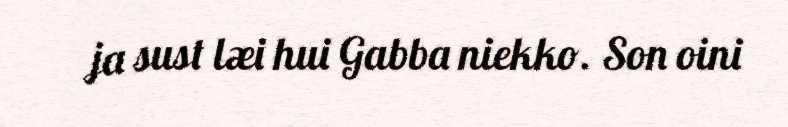
ja sust læi hui Gabba niekko. Son oini